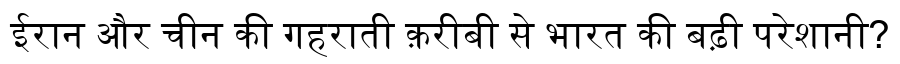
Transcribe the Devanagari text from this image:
ईरान और चीन की गहराती क़रीबी से भारत की बढ़ी परेशानी?